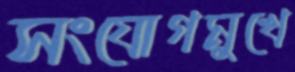
সংযোগমুখে